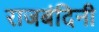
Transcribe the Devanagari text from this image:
राजबंदिनी